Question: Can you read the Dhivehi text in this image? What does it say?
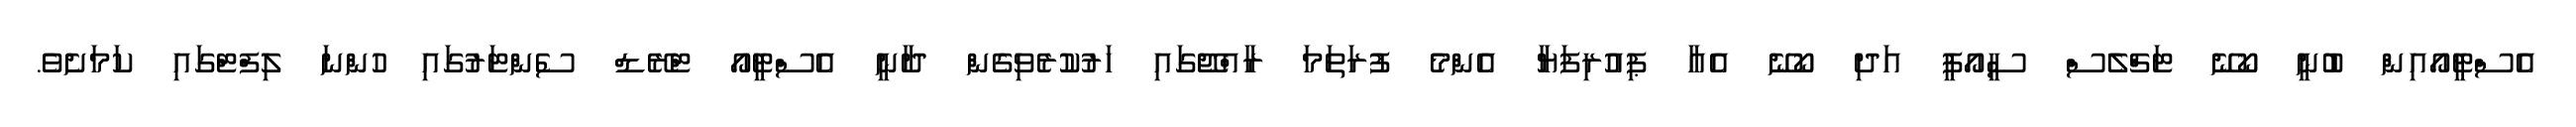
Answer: އެސްޓީއޯއިން ބުނީ ކޯނޭ ޓަޗްލެސް ސީއޯޕީ އަދި ކޯނޭ އެއާ ޕިއުރިފަޔާ އެންމެ ފުރަތަމަ ރާއްޖޭގައި ހަރުކުރެވިގެން ދާނީ އެސްޓީއޯ ޓްރޭޑް ސެންޓަރުގައި ހުންނަ ލިފްޓްގައި ކަމަށެވެ.